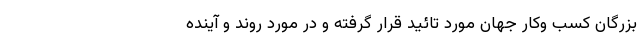
بزرگان کسب وکار جهان مورد تائید قرار گرفته و در مورد روند و آینده